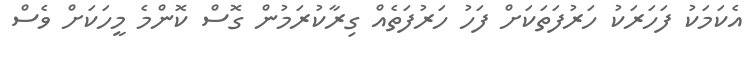
އެކަމަކު ފަހަރަކު ހަރުފަތަކަށް ފަހު ހަރުފަތެއް ގިރާކުރަމުން ގޮސް ކޮންމެ މީހަކަށް ވެސް